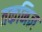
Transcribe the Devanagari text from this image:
तकनिज्ञ